Civil Veterinary Department Bihar & Orissa reports 1929-36 - 1929-1936
Year: 1929
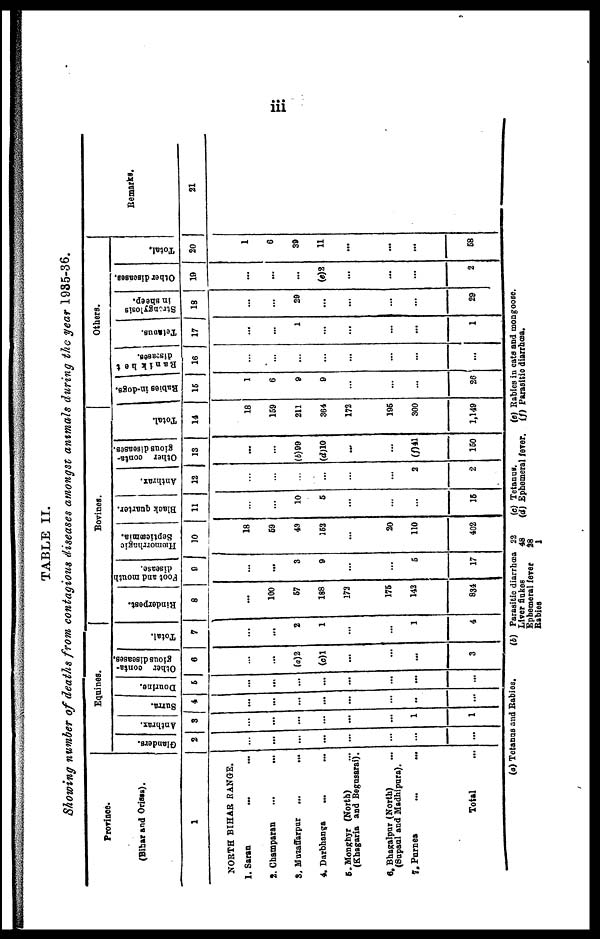
iii
TABLE II.
Showing number of deaths from contagious diseases amongst animals during the year 1935-36.
Province.
(Bihar and Orissa).
1
NORTH BIHAR RANGE.
1. Saran
...
...
2. Champaran ... ...
S. Muzaffarpur ... ...
4. Darbhanga ... ...
5. Monghyr (North) ...
(Khagaria and Begusarai).
6. Bhagalpur (North) ...
(Supaul and Madhipura).
7. Purnes ... ...
Total
Equines.
Glanders.
2
...
...
...
...
...
...
...
...
Anthrax.
3
...
...
...
...
...
...
1
1
Surra.
4
...
...
...
...
...
...
...
...
Dourine.
6
...
...
...
...
...
...
...
...
Other conta-
gious diseases.
6
...
...
(a) 2
(c)l
...
...
...
3
Total.
7
...
...
2
1
...
...
1
4
Bovines.
Rinderpest.
8
...
100
67
188
173
176
142
834
Foot and mouth
disease.
9
...
...
3
9
...
...
6
17
Hæmorrhagic
Septicæmia.
10
18
69
43
162
...
20
110
402
Black quarter.
11
...
...
10
6
...
...
...
16
Anthrax.
12
...
...
...
...
...
...
2
2
Other conta-
gious diseases.
13
...
...
(b)99
(d)10
...
...
(f)41
160
Total.
14
18
169
211
364
172
196
300
1,149
Others.
Babies in-dogs.
15
1
6
9
9
...
...
...
26
Ranikhet
16
...
...
...
...
...
...
...
...
Telanus.
17
...
...
1
...
...
...
...
1
Strongylosis
in sheep.
18
...
...
29
...
...
...
...
29
Other diseases.
19
...
...
...
(e)2
...
...
...
2
Total.
20
1
6
39
11
...
...
...
68
Remarks.
21
(a) Tetanus and Rabies.
(b) Parasitic diarrhœa
Liver flakes
Ephemeral fever
Babies
22
48
28
1
(e) Tetanus.
(d) Ephemeral fever.
(e) Rabies in cats and mongoose.
(f) Parasitic diarrhœs.